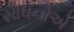
સાધનોએ